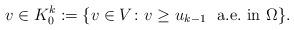
LaTeX: \begin{align*}v \in K_0^k:=\{ v\in V \colon v \ge u_{k-1} \ \mbox{ a.e.~in } \Omega \}.\end{align*}